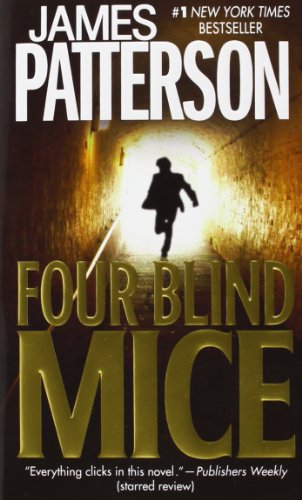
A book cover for Four Blind Mice (Alex Cross #8); James Patterson; Mystery, Thriller & Suspense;